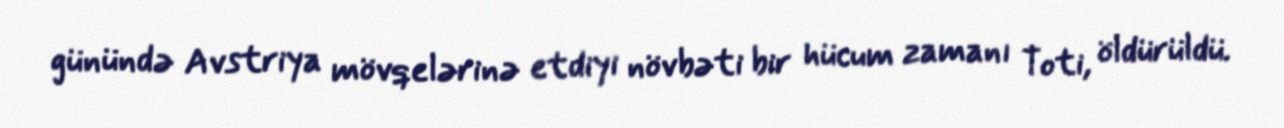
günündə Avstriya mövqelərinə etdiyi növbəti bir hücum zamanı Toti, öldürüldü.